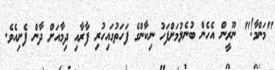
"މަންމާ!" ނޫރީން އެހެން ބުނެލުމަށްފަހު ނިކާންގެ ފަހަތުގައިހުރި ފާރާއި ދިމާއަށް ދާން ފެށިއެވެ.